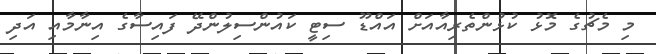
މި މެޗުގެ މޮޅު ކުޅުންތެރިއާއަށް އައްޑޫ ސިޓީ ކައުންސިލުންދޭ ފައިސާގެ އިނާމާއި އަދި